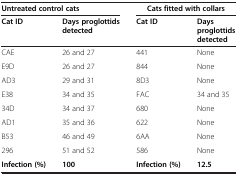
<table><thead><tr><td colspan="2"><b>Untreated control cats</b></td><td colspan="2"><b>Cats fitted with collars</b></td></tr><tr><td><b>Cat ID</b></td><td><b>Days proglottids detected</b></td><td><b>Cat ID</b></td><td><b>Days proglottids detected</b></td></tr></thead><tbody><tr><td>CAE</td><td>26 and 27</td><td>441</td><td>None</td></tr><tr><td>E9D</td><td>26 and 27</td><td>844</td><td>None</td></tr><tr><td>AD3</td><td>29 and 31</td><td>8D3</td><td>None</td></tr><tr><td>E38</td><td>34 and 35</td><td>FAC</td><td>34 and 35</td></tr><tr><td>34D</td><td>34 and 37</td><td>680</td><td>None</td></tr><tr><td>AD1</td><td>35 and 36</td><td>622</td><td>None</td></tr><tr><td>B53</td><td>46 and 49</td><td>6AA</td><td>None</td></tr><tr><td>296</td><td>51 and 52</td><td>586</td><td>None</td></tr><tr><td><b>Infection (%)</b></td><td><b>100</b></td><td><b>Infection (%)</b></td><td><b>12.5</b></td></tr></tbody></table>